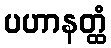
ပဟာနတ္ထံ